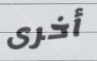
أخرى